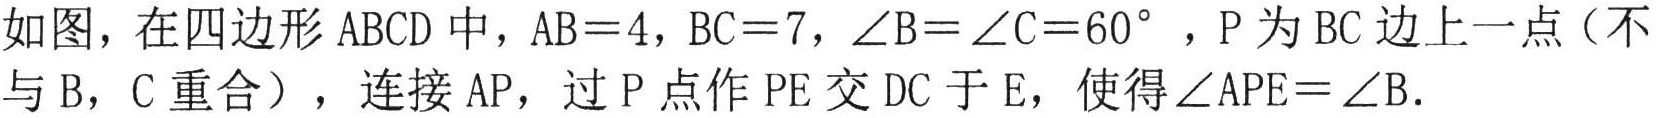
如图，在四边形 \(ABCD\) 中，\(AB = 4\)，\(BC = 7\)，\(\angle B=\angle C = 60^{\circ}\)，\(P\) 为 \(BC\) 边上一点（不与 \(B\)，\(C\) 重合），连接 \(AP\)，过 \(P\) 点作 \(PE\) 交 \(DC\) 于 \(E\)，使得 \(\angle APE=\angle B\).